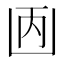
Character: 𠚇